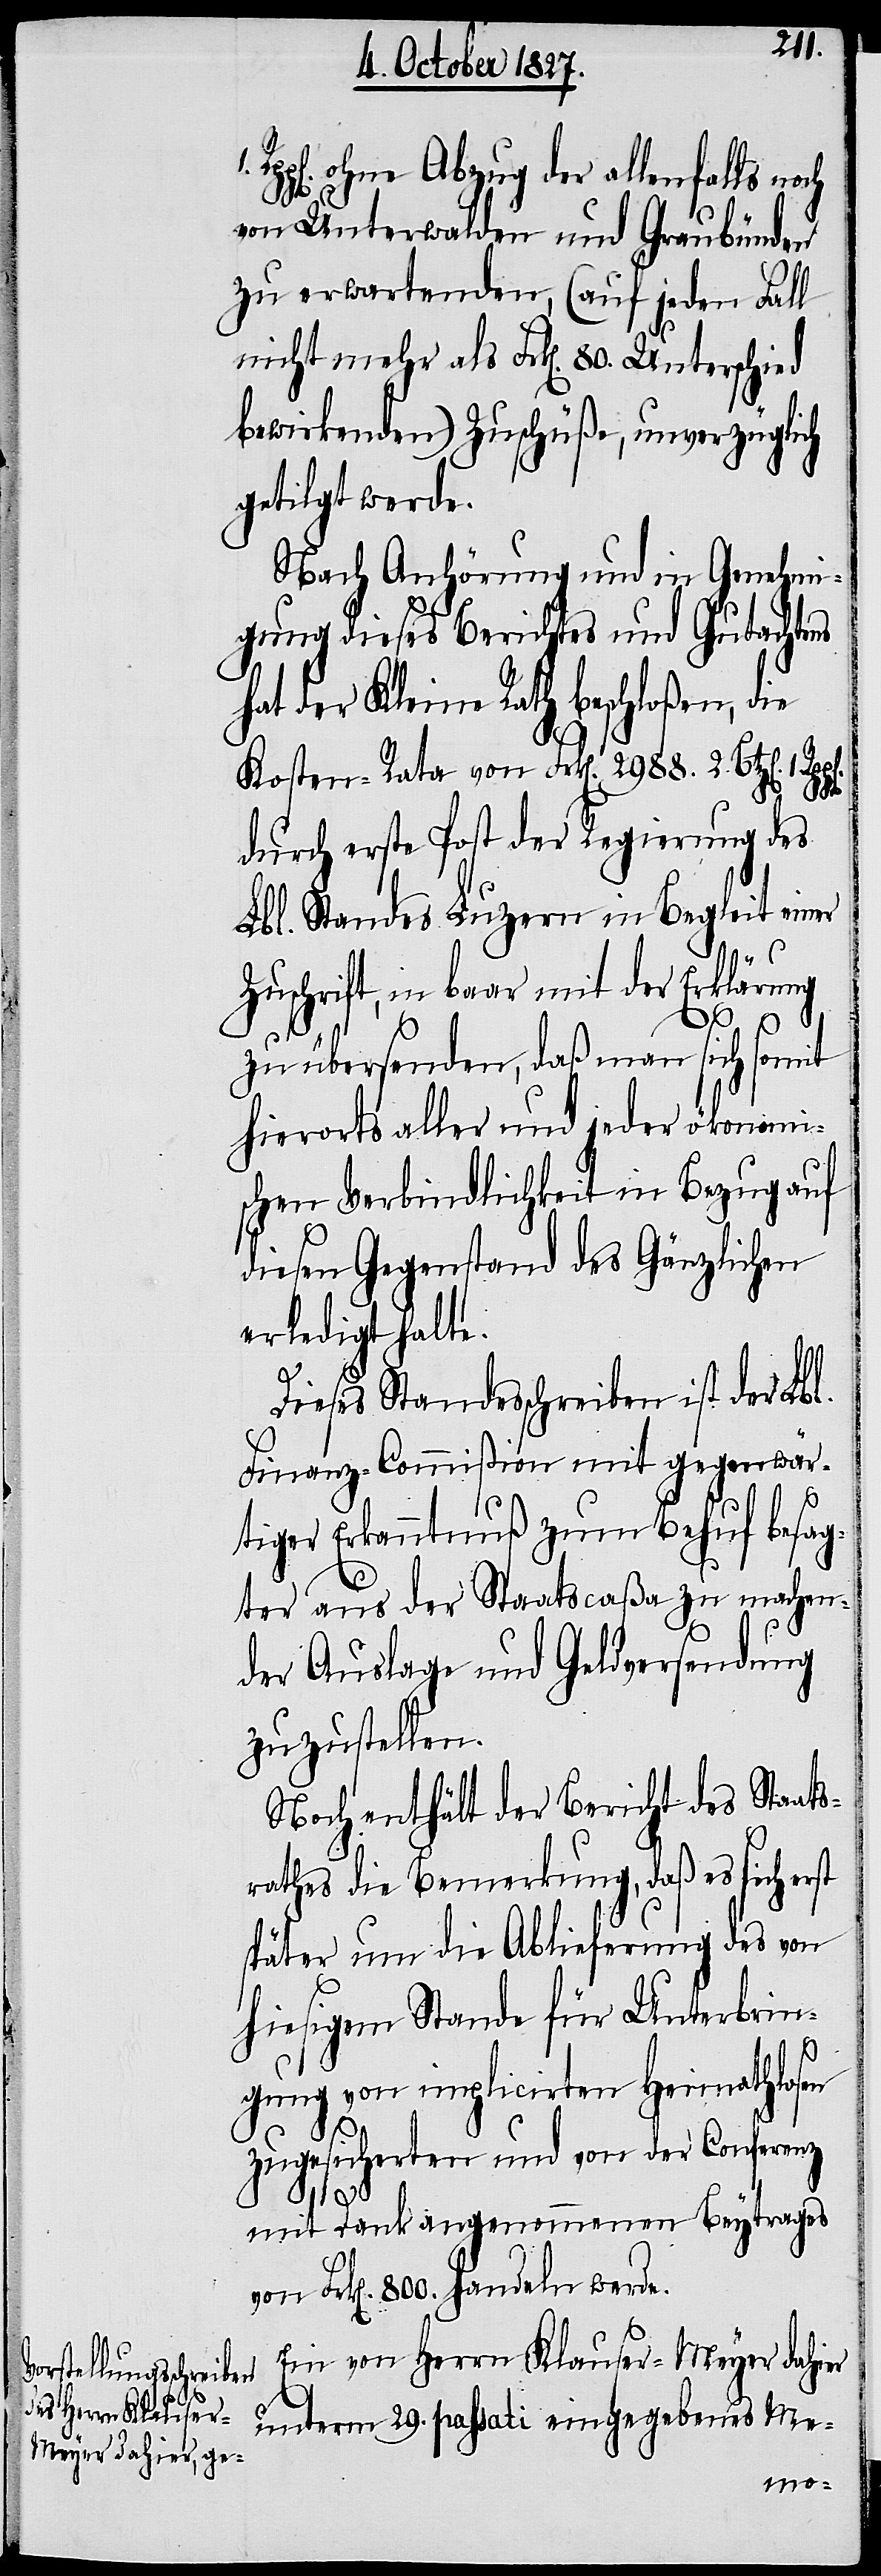
ohne Abzug der allenfalls
von Unterwalden und Graubünden
zu erwartenden (auf jeden Fall
nicht mehr als Frk[en]. 80. Unterschied
bewirkenden) Zuschüße, unverzüglich
getilgt werde.
Nach Anhörung und in Genehmi¬
gung dieses Berichtes und Gutachtens
hat der Kleine Rath beschloßen, die
Kosten-Rata von Frk[en]. 2988. 2. Btz[en].
1.
durch erste Post der Regierung des
Lbl. Standes Luzern in Begleit einer
Zuschrift, in baar mit der Erklärung
zu übersenden, daß man sich somit
hierorts aller und jeder ökonomi¬
schen Verbindlichkeit in Bezug auf
diesen Gegenstand des Gänzlichen
erledigt halte.
Dieses Standesschreiben ist der Lbl.
Finanz-Commißion mit gegenwär¬
tiger Erkanntnuß zum Behuf besag¬
ter aus der Staatscaßa zu machen¬
der Auslage und Geldversendung
zuzustellen.
Noch enthält der Bericht des Staats¬
rathes die Bemerkung, daß es sich erst
später um die Ablieferung des von
hiesigem Stande für Unterbrin¬
1.
gung von implicirten Heimathlosen
zugesicherten und von der Conferenz
mit Dank angenommenen Beytrags
von Frk[en]. 800. handeln werde.
Ein von Herrn Klauser-Meyer dahier
unterm 29. passati eingegebenes Me-